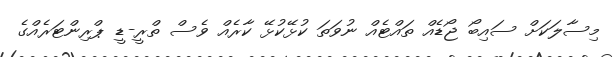
މިސާލަކަށް ސައިބޯ ޖޯޑެއް ތައްޓެއް ނުވަތަ ކުޅޭކުޅޭ ކާރެއް ވެސް ތްރީ-ޑީ ޕްރިންޓަރެއްގެ